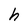
Character: h